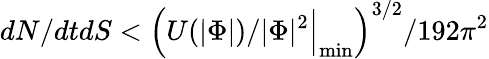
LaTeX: dN/dtdS<{\Big(}U(|\Phi|)/|\Phi|^{2}{\Big|}_{\operatorname*{min}}{\Big)}^{3/2}/192\pi^{2}